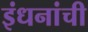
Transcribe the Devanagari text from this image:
इंधनांची